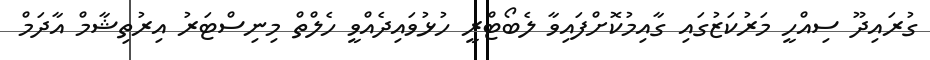
ގުރައިދޫ ސިއްހީ މަރުކަޒުގައި ގާއިމުކޮށްފައިވާ ލެބޯޓްރީ ހުޅުވައިދެއްވީ ހެލްތް މިނިސްޓަރު އިރުތިޝާމް އާދަމް